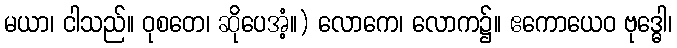
မယာ၊ ငါသည်။ ဝုစတေ၊ ဆိုပေအံ့။) လောကေ၊ လောက၌။ ဧကောယေဝ ဗုဒ္ဓေါ၊